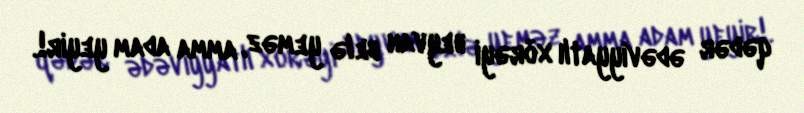
qədər ədəviyyatlı xörəyi heyvan belə yeməz, amma adam yeyir!.